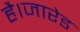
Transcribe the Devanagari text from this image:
है।जारेड